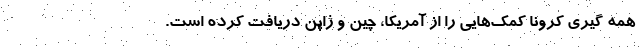
همه گیری کرونا کمک‌هایی را از آمریکا، چین و ژاپن دریافت کرده است.